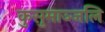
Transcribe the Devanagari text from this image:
कुसुमाञ्जलि